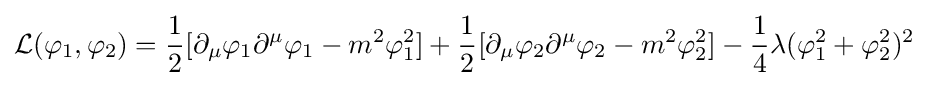
{\mathcal {L}}(\varphi _{1},\varphi _{2})={\frac {1}{2}}[\partial _{\mu }\varphi _{1}\partial ^{\mu }\varphi _{1}-m^{2}\varphi _{1}^{2}]+{\frac {1}{2}}[\partial _{\mu }\varphi _{2}\partial ^{\mu }\varphi _{2}-m^{2}\varphi _{2}^{2}]-{\frac {1}{4}}\lambda (\varphi _{1}^{2}+\varphi _{2}^{2})^{2}